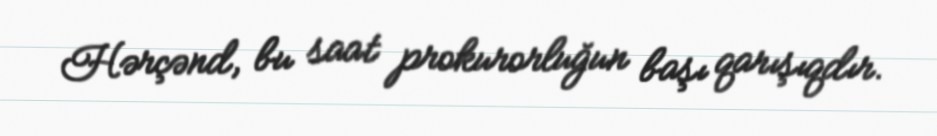
Hərçənd, bu saat prokurorluğun başı qarışıqdır.